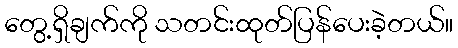
တွေ့ရှိချက်ကို သတင်းထုတ်ပြန်ပေးခဲ့တယ်။